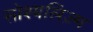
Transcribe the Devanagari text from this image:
सोश्यलिज़्म